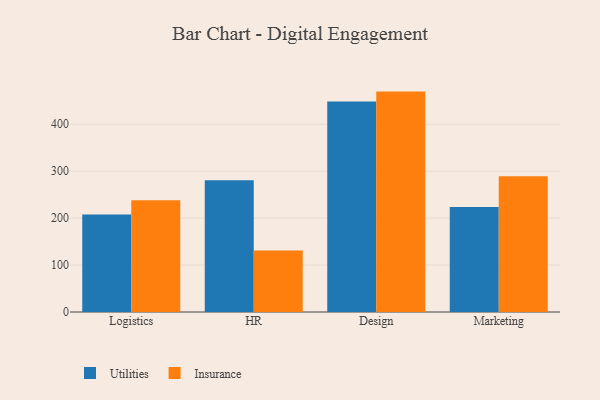
{"axis": {"x": "Department", "y": "Energy Usage (MWh)"}, "legend": ["Insurance", "Utilities"], "data": [{"x": "Logistics", "y": 207.9, "type": "Utilities"}, {"x": "Logistics", "y": 237.9, "type": "Insurance"}, {"x": "HR", "y": 280.7, "type": "Utilities"}, {"x": "HR", "y": 131.0, "type": "Insurance"}, {"x": "Design", "y": 448.4, "type": "Utilities"}, {"x": "Design", "y": 469.4, "type": "Insurance"}, {"x": "Marketing", "y": 223.8, "type": "Utilities"}, {"x": "Marketing", "y": 289.3, "type": "Insurance"}]}